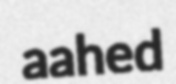
aahed